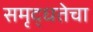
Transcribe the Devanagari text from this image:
समृद्धतेचा